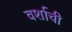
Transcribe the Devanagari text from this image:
वर्शाची